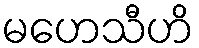
မဟေသီဟိ